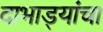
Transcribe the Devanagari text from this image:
दाभाड्यांचा